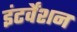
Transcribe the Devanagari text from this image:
इंटर्वेंशन